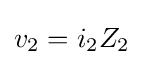
v_{2}=i_{2}Z_{2}